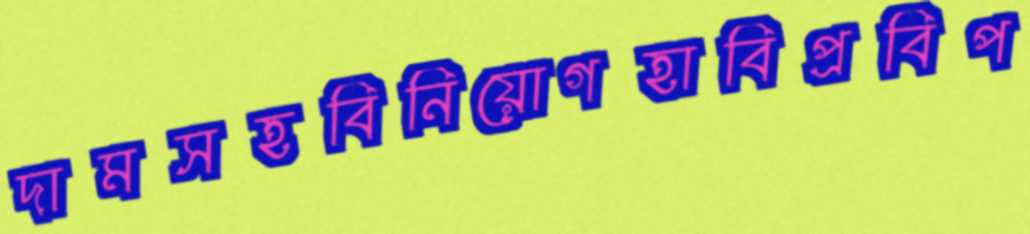
দামসহবিনিয়োগহাবিপ্রবিপ